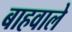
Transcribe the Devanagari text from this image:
बाहवाले